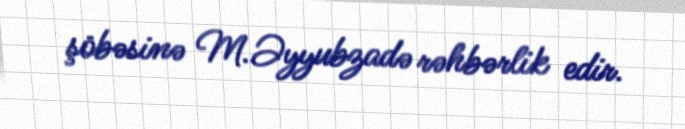
şöbəsinə M.Əyyubzadə rəhbərlik edir.